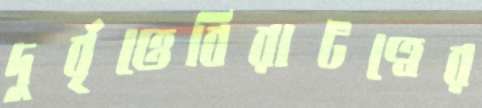
দুর্বৃত্তেবিরাটত্বের